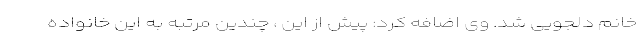
خانم دلجویی شد. وی اضافه کرد: پیش از این ، چندین مرتبه به این خانواده